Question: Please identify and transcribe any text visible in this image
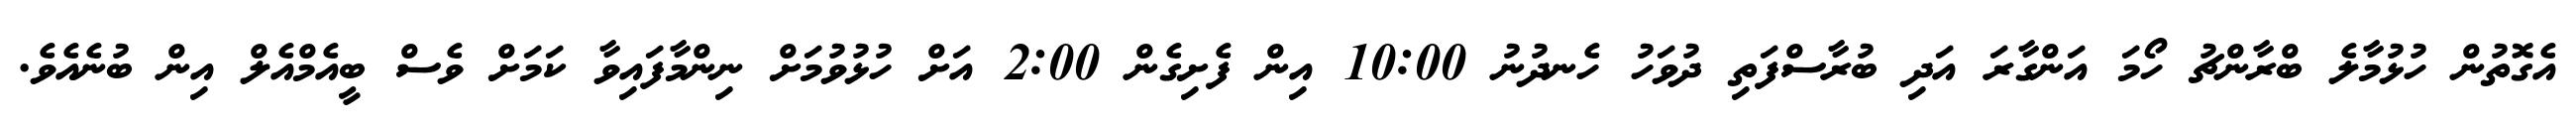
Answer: އެގޮތުން ހުޅުމާލެ ބްރާންޗު ހޯމަ އަންގާރަ އަދި ބުރާސްފަތި ދުވަހު ހެނދުނު 10:00 އިން ފެށިގެން 2:00 އަށް ހުޅުވުމަށް ނިންމާފައިވާ ކަމަށް ވެސް ބީއެމްއެލް އިން ބުނެއެވެ.